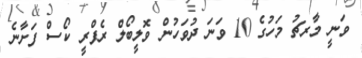
ވަނީ މާރޗު މަހުގެ 10 ވަނަ ދުވަހުން ވޮލީބޯލް ރެފްރީ ކޯސް ފަށާނެ